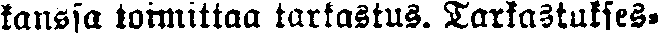
kanssa toimittaa tarkastus. Tarkastukses-